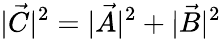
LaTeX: |{\vec{C}}|^{2}=|{\vec{A}}|^{2}+|{\vec{B}}|^{2}